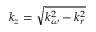
k _ { z } = \sqrt { k _ { \omega } ^ { 2 } - k _ { r } ^ { 2 } }